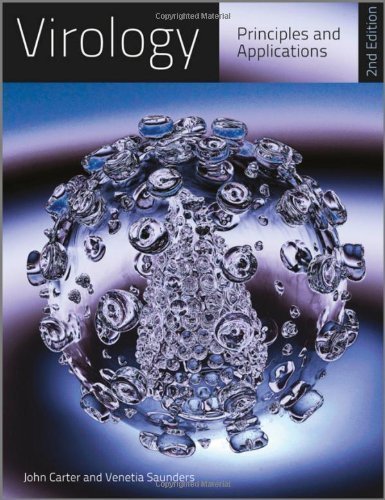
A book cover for Virology: Principles and Applications 2nd (second) Edition by Carter, John, Saunders, Venetia published by Wiley (2013); Medical Books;